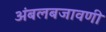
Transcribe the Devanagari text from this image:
अंबलबजावणी